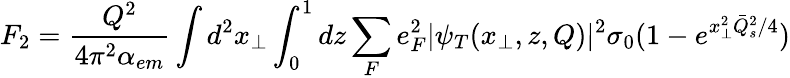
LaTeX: F_{2}={\frac{Q^{2}}{4\pi^{2}\alpha_{em}}}\int d^{2}x_{\perp}\int_{0}^{1}dz\sum_{F}e_{F}^{2}\vert\psi_{T}(x_{\perp},z,Q)\vert^{2}\sigma_{0}(1-e^{x_{\perp}^{2}{\bar{Q}}_{s}^{2}/4})